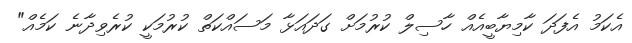
އެކަމު އެފަދަ ކާމިޔާބީއެއް ހާސިލް ކުރުމަށް ގަދައަޅާ މަސައްކަތް ކުރުމަކީ ކުރެވިދާނެ ކަމެއް"